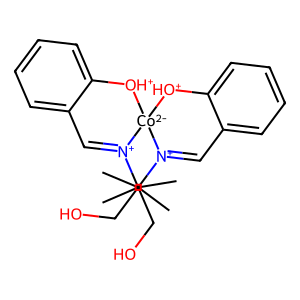
SMILES: CC(C)(CO)[N+]1=Cc2ccccc2[OH+][Co-2]12[OH+]c1ccccc1C=[N+]2C(C)(C)CO
Inhibits HIV replication: No